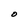
Character: O